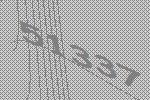
51337